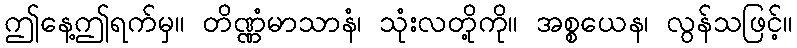
ဤနေ့ဤရက်မှ။ တိဏ္ဏံမာသာနံ၊ သုံးလတို့ကို။ အစ္စယေန၊ လွန်သဖြင့်။